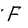
Character: F